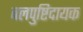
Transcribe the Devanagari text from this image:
बलपुष्टिदायक